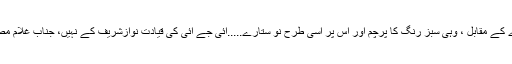
پیپلزپارٹی کے سہ رنگے جھنڈے کے مقابل ، وہی سبز رنگ کا پرچم اور اس پر اُسی طرح نو ستارے.....آئی جے آئی کی قیادت نوازشریف کے نہیں، جناب غلام مصطفی جتوئی کے سپردہوئی تھی۔